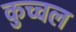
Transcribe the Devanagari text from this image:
कुच्चल